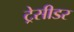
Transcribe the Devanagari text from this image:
ट्रेसीडर